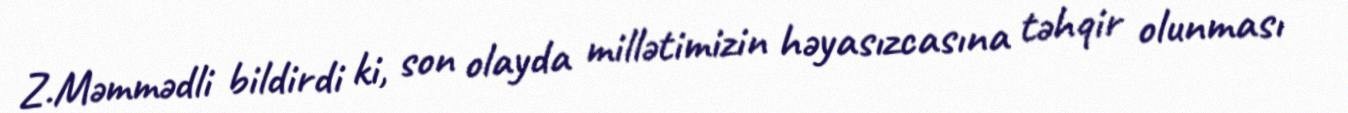
Z.Məmmədli bildirdi ki, son olayda millətimizin həyasızcasına təhqir olunması